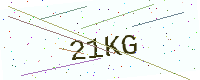
Text: 21KG